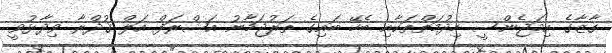
ގާޒާގެ އިމަޖެންސީ ހިދުމަތްތަކާއި ބެހޭ ބައިގެ ތަރުޖަމާނު އަޝްރަފް އަލް ޤުދްރާ ވިދާޅުވީ